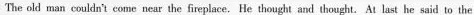
The old man couldn't come near the fireplace.He thought and thought. A:last he said to the